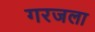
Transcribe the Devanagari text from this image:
गरजला